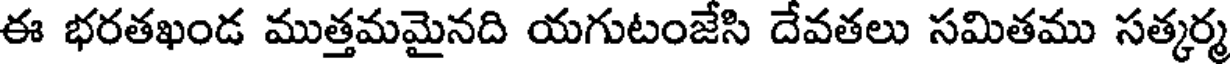
ఈ భరతఖండ ముత్తమమైనది యగుటంజేసి దేవతలు సమితము సత్కర్మ